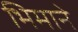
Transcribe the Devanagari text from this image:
भिमाने